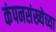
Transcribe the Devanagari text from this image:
कंपनसंख्येच्या